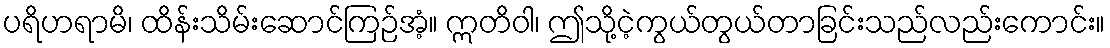
ပရိဟရာမိ၊ ထိန်းသိမ်းဆောင်ကြဉ်အံ့။ ဣတိဝါ၊ ဤသို့ငဲ့ကွယ်တွယ်တာခြင်းသည်လည်းကောင်း။